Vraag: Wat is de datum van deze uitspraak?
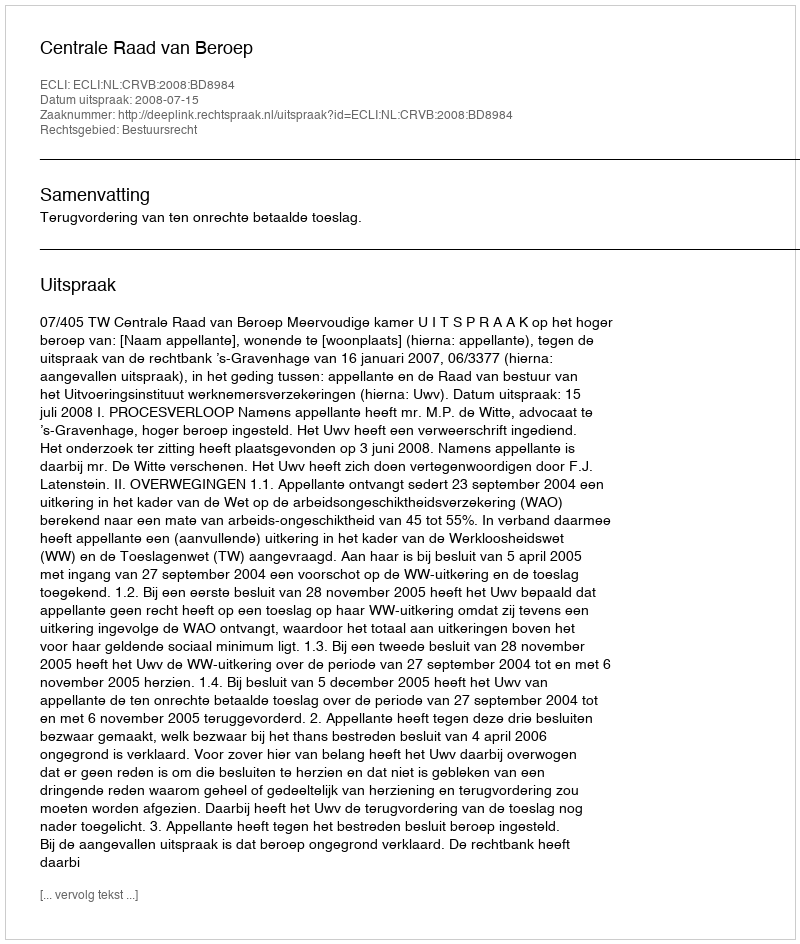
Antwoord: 2008-07-15